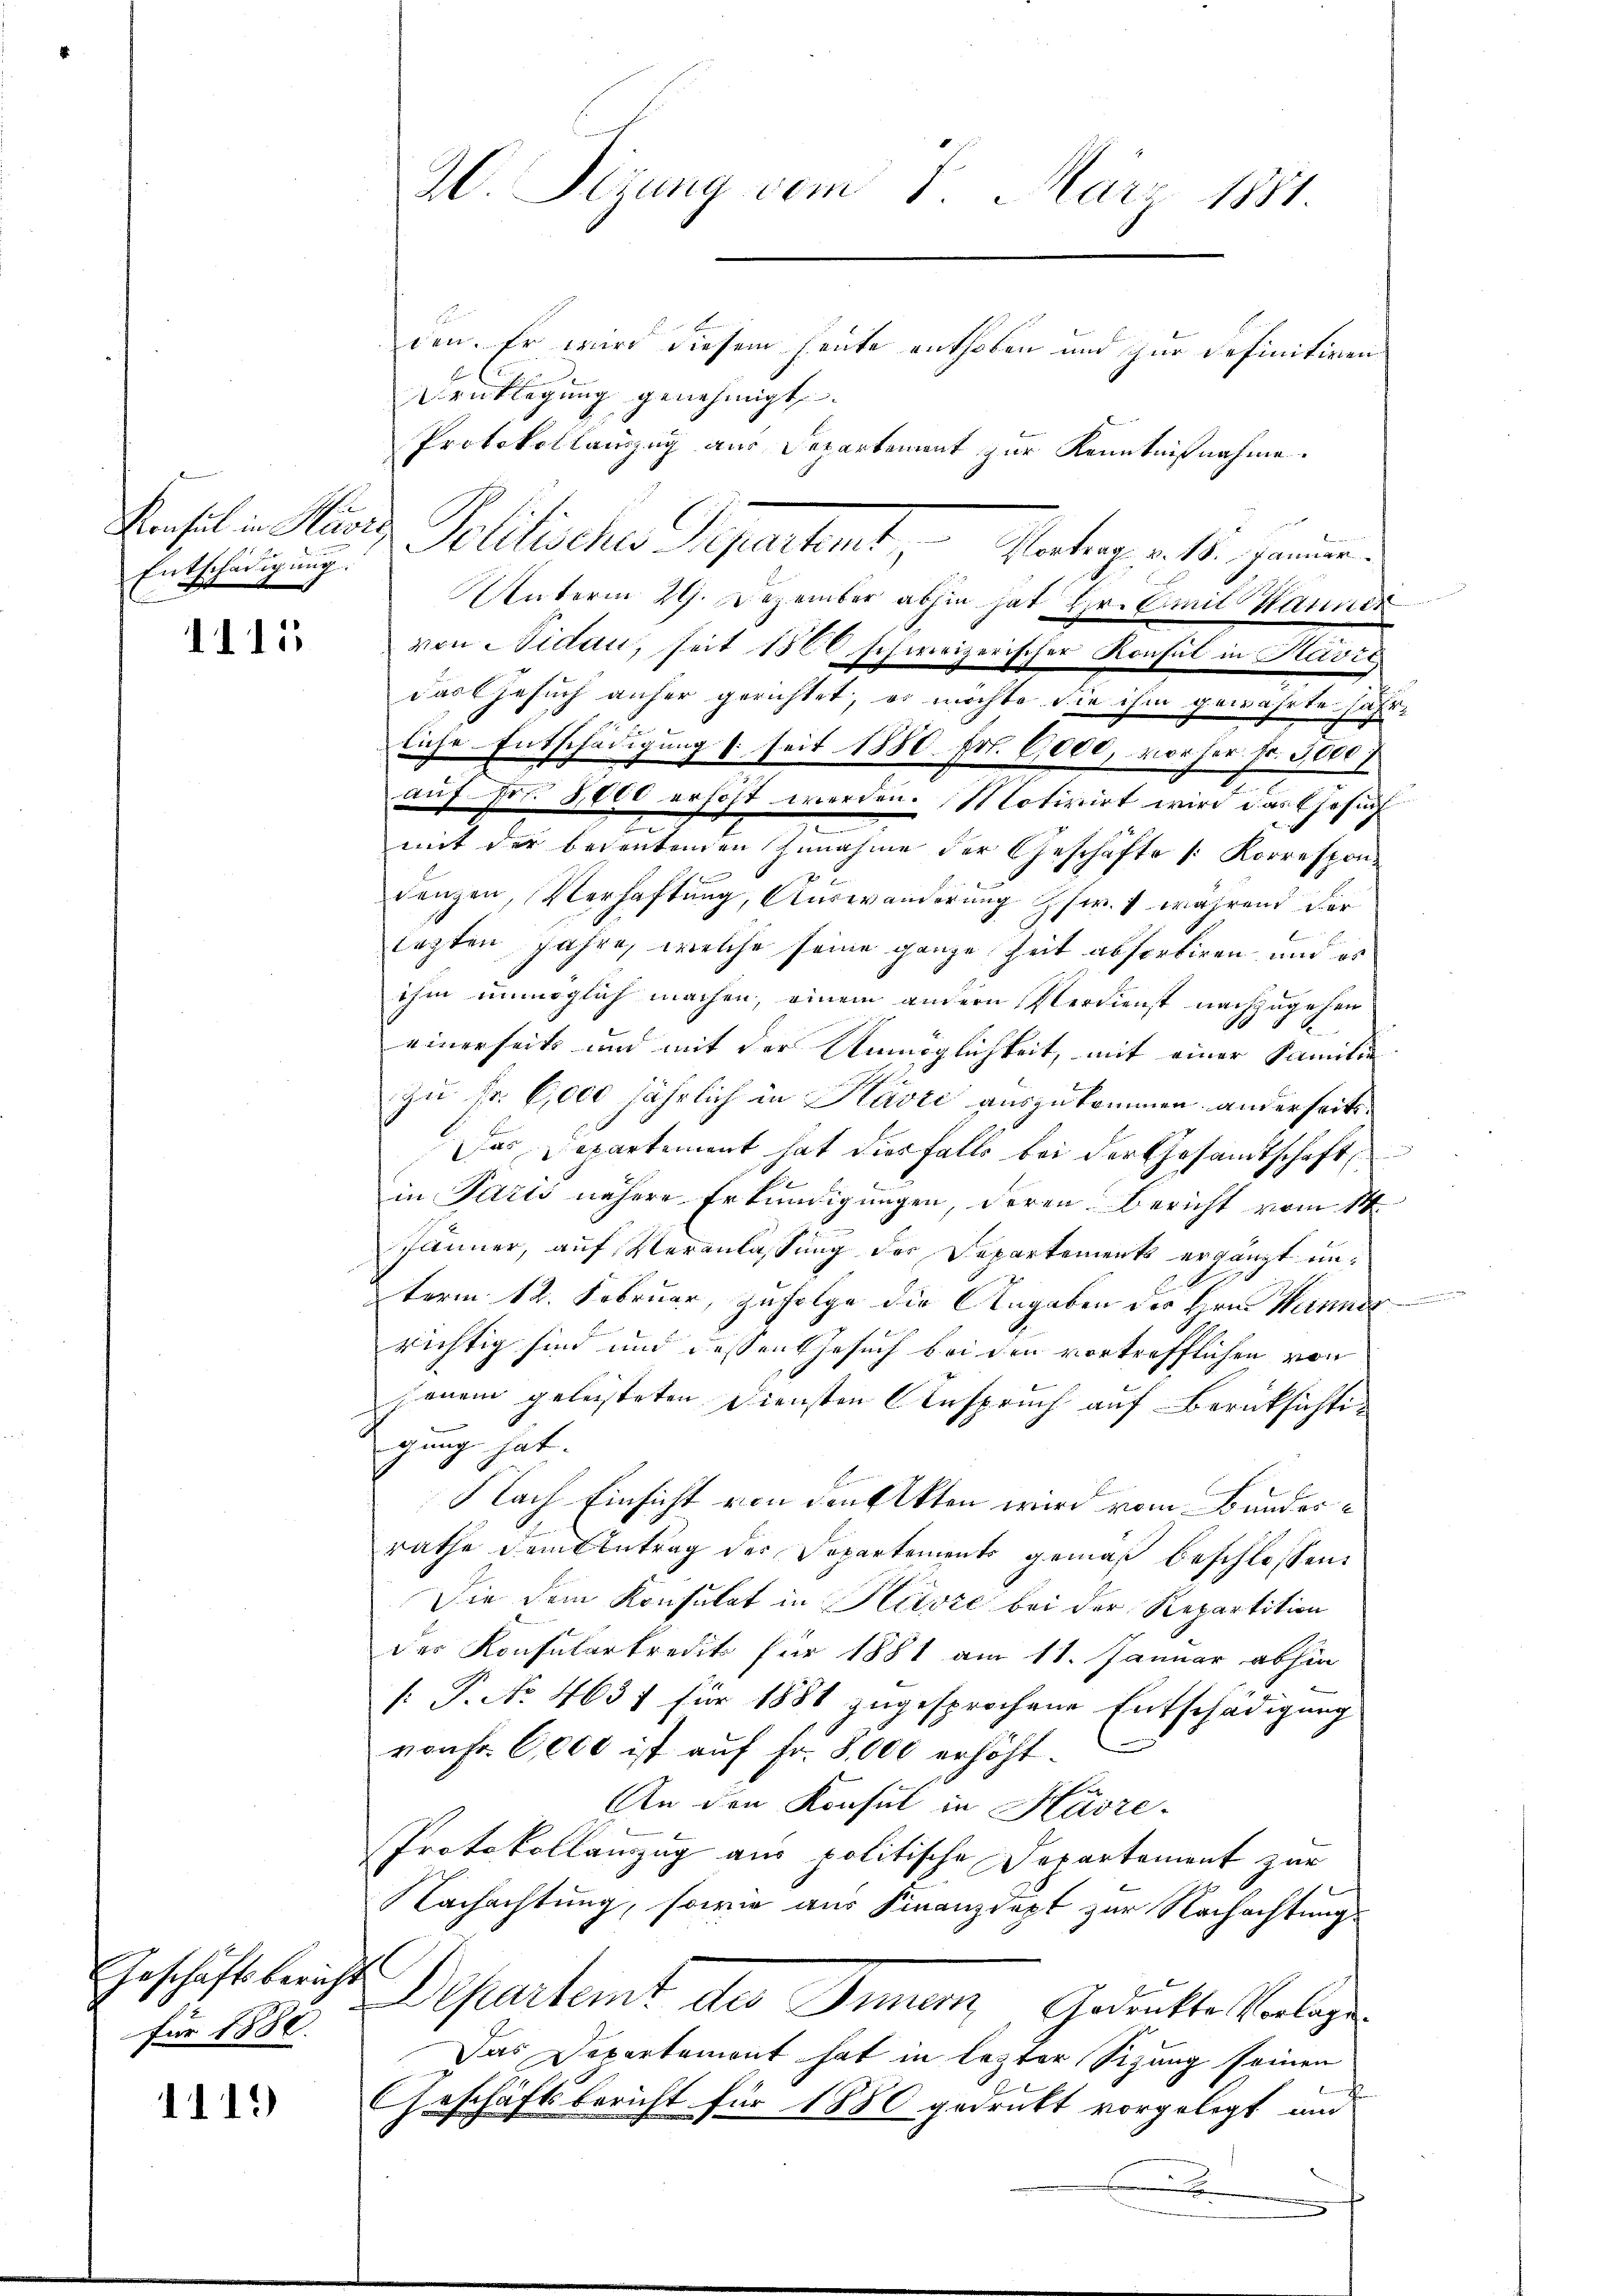
.
Entschädigung.

1111

Geschäftsbericht
Für 1888.

1113

2 Sizung vom 7. März 1881.

den. Er wird diesem heute enthoben und zur definitiven
Dentlegung genehmigt.
Protokollauszug aus Departement zur Kenntnißnahme.
Unterm 29. Dezember abhin hat Hr. Emil Hannes
von Nidau, seit 1860 schweizerischer Konsul in Havit
das Gesuch anher gerichtet; es möchte die ihm gewährte Jahr¬
8
liche Entschädigung (seit 1880. Fr. 6000, vorher Fr. 3000,
auf Fr. 8000 erhöht werden. Motivirt wird das Gesuch
e
mit der bedentenden Zunahme der Geschäfte /: Korrespon-
2
denzen, Verhaftung, Auswanderung Zsw. 7 während der
lagten Jahre, welche seine ganze Zeit absorbiren, und es
ihm unmöglich machen, einem andern Verdienst nachzugehen
einerseits und mit der Unmöglichkeit, mit einer Familie
zu Fr. 6000 jährlich in Kávić auszukommen, anderseits
Das Departement hat diesfalls bei der Gesamtschaft,
in Paris nähere Erkundigungen, deren Bericht vom 14.
Jänner, auf Veranlassung der Departements ergänzt unterm 12. Februar, zufolge die Angaben des Hrn. Mannes
richtig sind und dessen Gesuch bei den vortrefflichen von
henein geleisteten Diensten Anspruch auf Berücksichtigung hat.
Nach Einsicht von den Akten wird vom Bunderrathe dem Antrag der Departements gemäß beschlossen:
Die dem Konsulat in Havre bei der Repartition
der Konsularkredit für 1881 am 11. Januar abhin
[: P. No. 4637 für 1881 zugesprochene Entschädigung
von Fr. 6,000 ist auf Fr. 8,000 erhöht.
An den Konsul in Hüsze
Protokollanzug aus politische Departement zur
Nachachtung, sowie aus Finanzdept zur Nachachtungs
Departent des Inner, Gedankte Vorlage
Das Departement hat in lezter Sizung seinen
Geschäftsbericht für 1880 gedrukt vorgelegt und

Konsul in Marie Politischer Separtiret, Vertrag a 15. Janum.